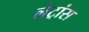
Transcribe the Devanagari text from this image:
लेट्रांस